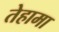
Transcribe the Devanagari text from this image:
तेहामा